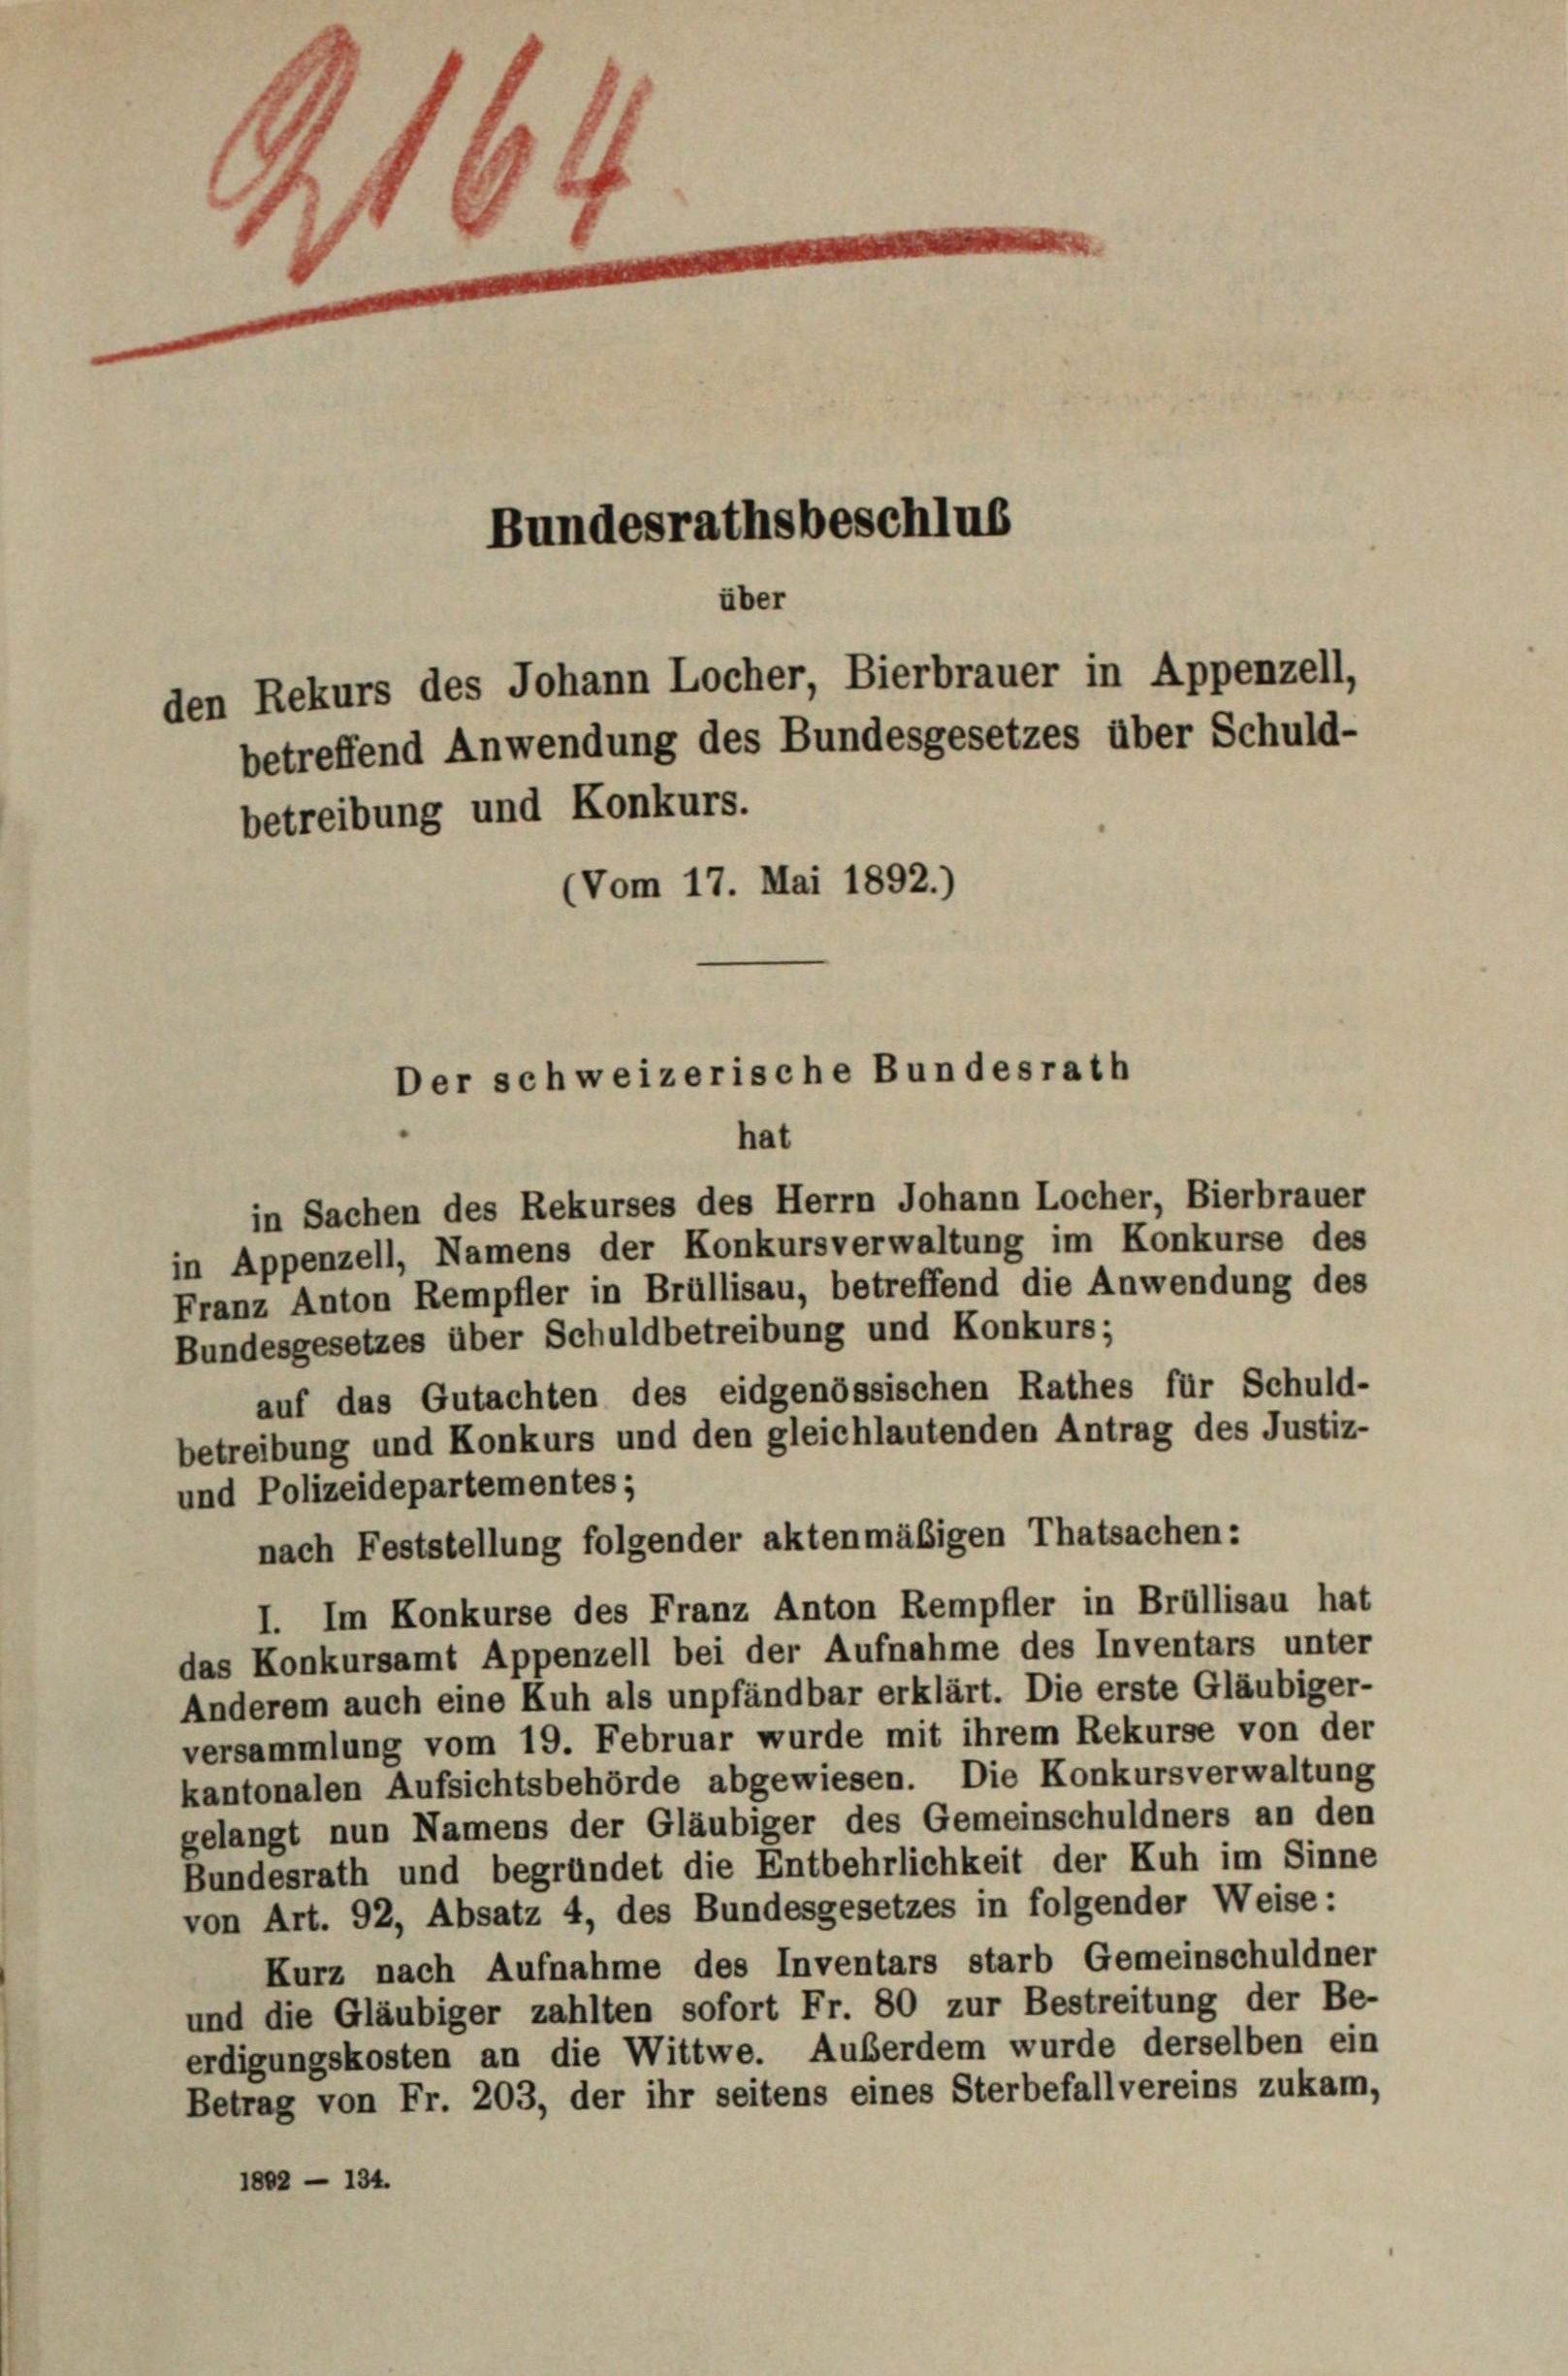
10
Bundesrathsbeschlus

über
den Rekurs des Johann Locher, Bierbrauer in Appenzell,
betreffend Anwendung des Bundesgesetzes über Schuld-
betreibung und Konkurs.
(Vom 17. Mai 1892.)
Der schweizerische Bundesrath
hat

in Sachen des Rekurses des Herrn Johann Locher, Bierbrauer
in Appenzell, Namens der Konkursverwaltung im Konkurse des
Franz Anton Rempfler in Brüllisau, betreffend die Anwendung des
Bundesgesetzes über Schuldbetreibung und Konkurs;
auf das Gutachten des eidgenössischen Rathes für Schuld-
betreibung und Konkurs und den gleichlautenden Antrag des Justiz-
und Polizeidepartementes;
nach Feststellung folgender aktenmäßigen Thatsachen:
I. Im Konkurse des Franz Anton Rempfler in Brüllisau hat
das Konkursamt Appenzell bei der Aufnahme des Inventars unter
Anderem auch eine Kuh als unpfändbar erklärt. Die erste Gläubiger-
versammlung vom 19. Februar wurde mit ihrem Rekurse von der
kantonalen Aufsichtsbehörde abgewiesen. Die Konkursverwaltung
gelangt nun Namens der Gläubiger des Gemeinschuldners an den
Bundesrath und begründet die Entbehrlichkeit der Kuh im Sinne
von Art. 92, Absatz 4, des Bundesgesetzes in folgender Weise:
Kurz nach Aufnahme des Inventars starb Gemeinschuldner
und die Gläubiger zahlten sofort Fr. 80 zur Bestreitung der Be-
erdigungskosten an die Wittwe. Außerdem wurde derselben ein
Betrag von Fr. 203, der ihr seitens eines Sterbefallvereins zukam,
1802 - 134.